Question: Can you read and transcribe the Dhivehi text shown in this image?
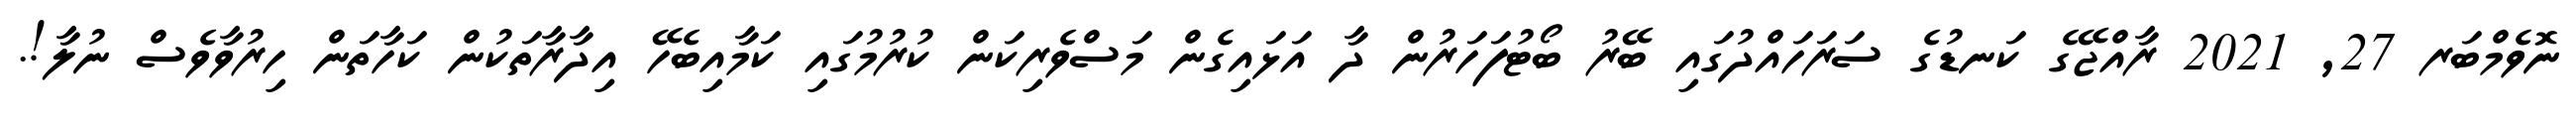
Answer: ނޮވެމްބަރ 27, 2021 ރާއްޖޭގެ ކަނޑުގެ ސަރަހައްދުގައި ބޭރު ބޯޓުފަހަރުން ދާ އަޅައިގެން މަސްވެރިކަން ކުރުމުގައި ކަމާއިބެހޭ އިދާރާތަކުން ކަހާތަން ހިރުވާވެސް ނުލާ!.